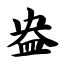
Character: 盎